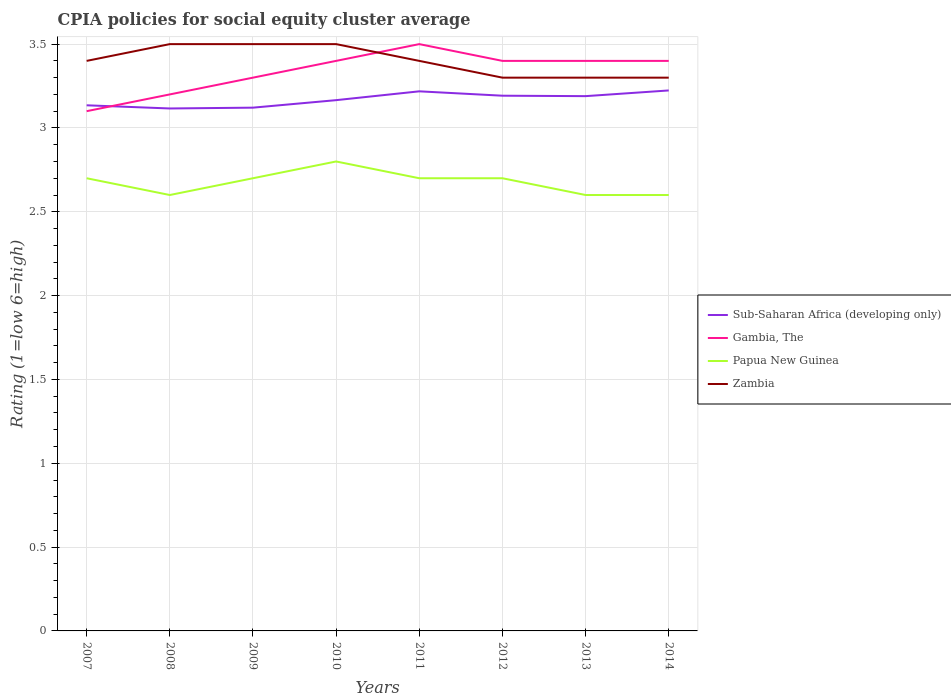
| Years | Sub-Saharan Africa (developing only) | Gambia, The | Papua New Guinea | Zambia |
 | --- | --- | --- | --- | --- |
 | 2007 | 3.14 | 3.1 | 2.7 | 3.4 |
 | 2008 | 3.12 | 3.2 | 2.6 | 3.5 |
 | 2009 | 3.12 | 3.3 | 2.7 | 3.5 |
 | 2010 | 3.17 | 3.4 | 2.8 | 3.5 |
 | 2011 | 3.22 | 3.5 | 2.7 | 3.4 |
 | 2012 | 3.19 | 3.4 | 2.7 | 3.3 |
 | 2013 | 3.19 | 3.4 | 2.6 | 3.3 |
 | 2014 | 3.22 | 3.4 | 2.6 | 3.3 |